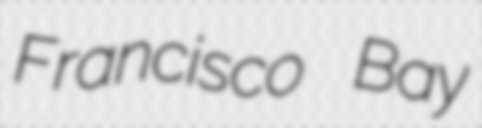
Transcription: Francisco Bay